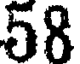
58